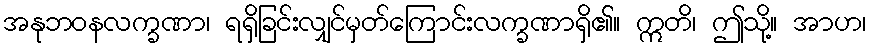
အနုဘဝနလက္ခဏာ၊ ရရှိခြင်းလျှင်မှတ်ကြောင်းလက္ခဏာရှိ၏။ ဣတိ၊ ဤသို့။ အာဟ၊